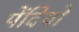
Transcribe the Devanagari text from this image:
पेंदियों